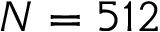
N = 5 1 2